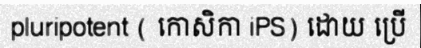
pluripotent ( កោសិកា iPS) ដោយ ប្រើ